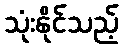
သုံးနိုင်သည့်